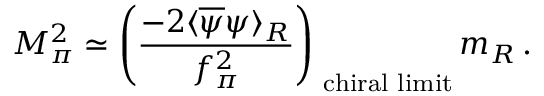
M _ { \pi } ^ { 2 } \simeq \left( \frac { - 2 \langle \overline { { { \psi } } } \psi \rangle _ { R } } { f _ { \pi } ^ { 2 } } \right) _ { \mathrm { \footnotesize ~ c h i r a l ~ l i m i t } } m _ { R } \, .